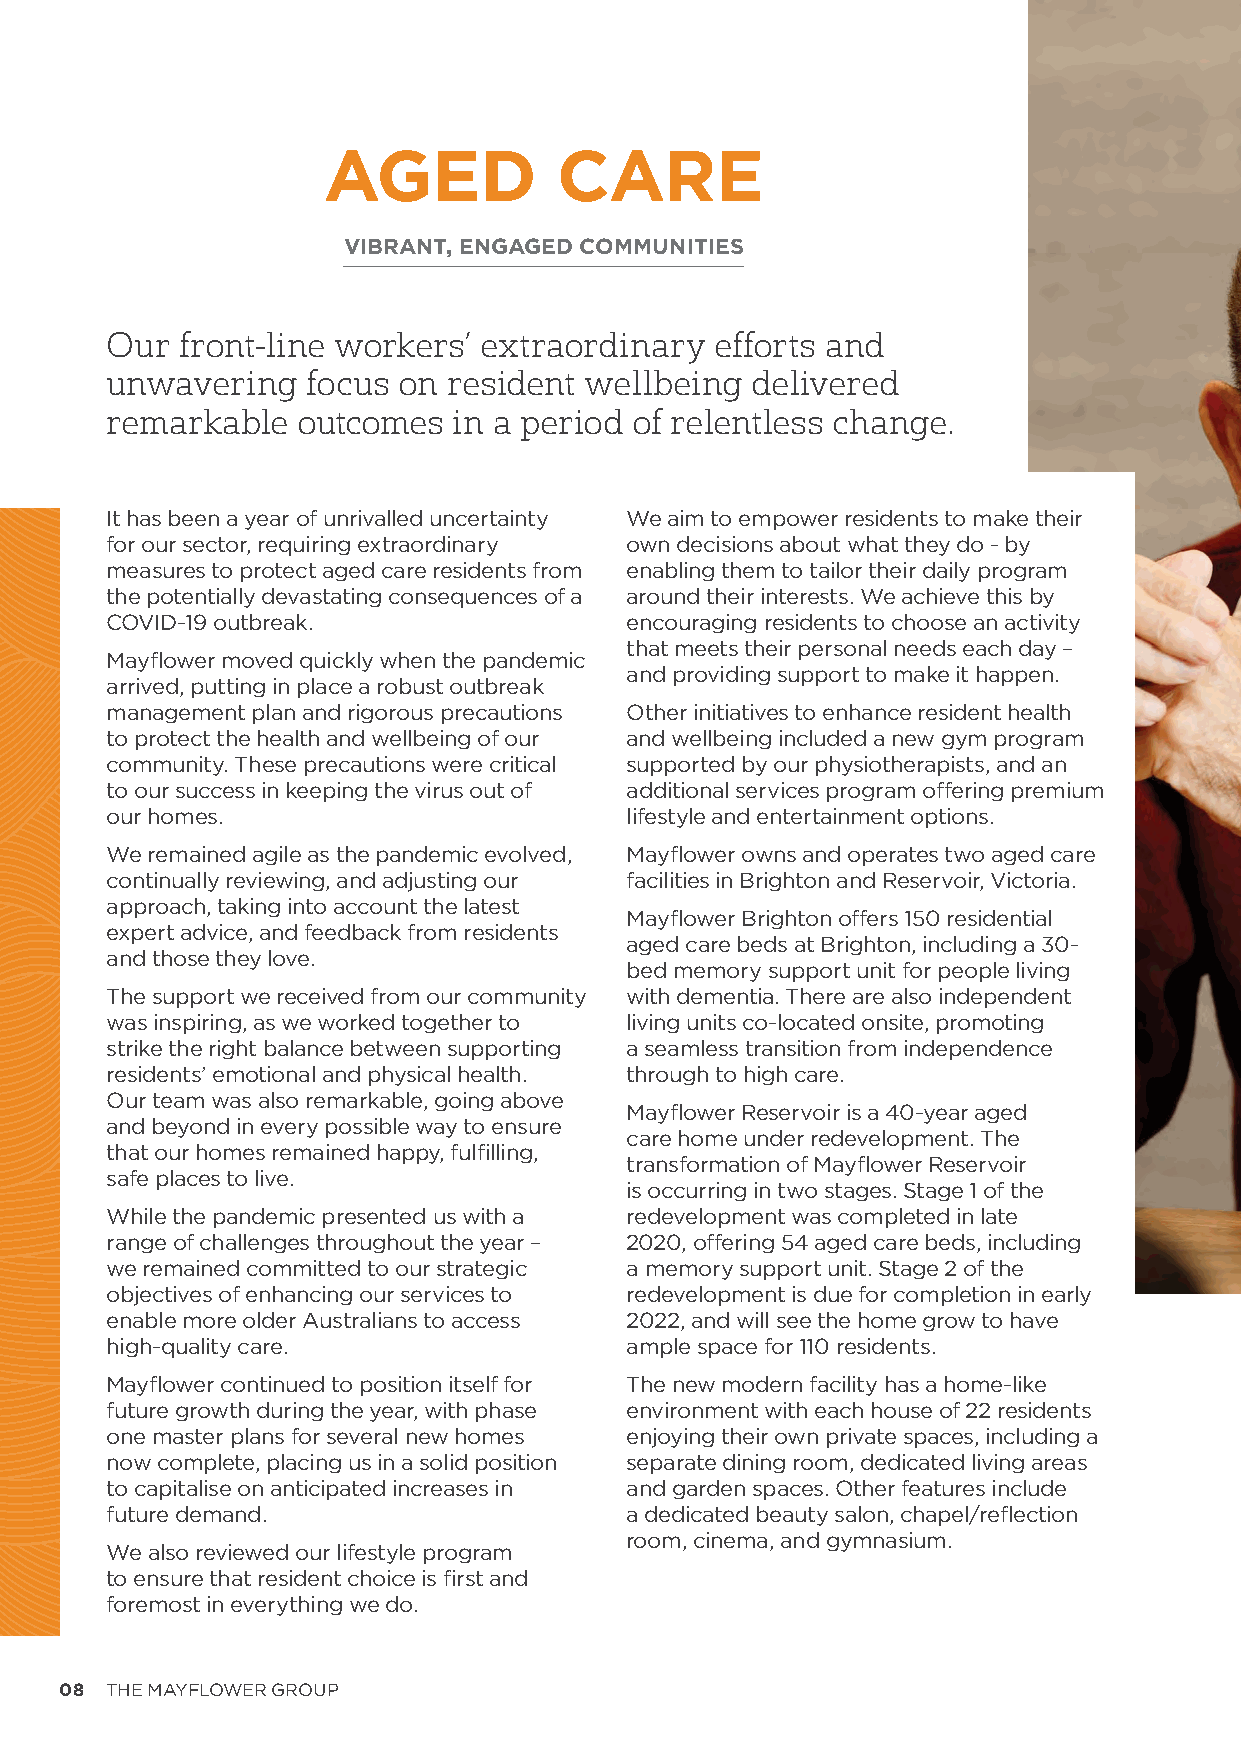
AGED            CARE
 VIBRANT, ENGAGED COMMUNITIES
 Our  front-line workers’ extraordinary  efforts and
 unwavering   focus on  resident wellbeing  delivered
 remarkable   outcomes  in a period of relentless change.
 It has been a year of unrivalled uncertainty We aim to empower residents to make their
 for our sector, requiring extraordinary own decisions about what they do - by
 measures to protect aged care residents from enabling them to tailor their daily program
 the potentially devastating consequences of a around their interests. We achieve this by
 COVID-19 outbreak.                encouraging residents to choose an activity
 that meets their personal needs each day –
 Mayflower moved quickly when the pandemic
 and providing support to make it happen.
 arrived, putting in place a robust outbreak
 management plan and rigorous precautions Other initiatives to enhance resident health
 to protect the health and wellbeing of our and wellbeing included a new gym program
 community. These precautions were critical supported by our physiotherapists, and an
 to our success in keeping the virus out of additional services program offering premium
 our homes.                        lifestyle and entertainment options.
 We remained agile as the pandemic evolved, Mayflower owns and operates two aged care
 continually reviewing, and adjusting our facilities in Brighton and Reservoir, Victoria.
 approach, taking into account the latest
 Mayflower Brighton offers 150 residential
 expert advice, and feedback from residents
 aged care beds at Brighton, including a 30-
 and those they love.
 bed memory support unit for people living
 The support we received from our community with dementia. There are also independent
 was inspiring, as we worked together to living units co-located onsite, promoting
 strike the right balance between supporting a seamless transition from independence
 residents’ emotional and physical health. through to high care.
 Our team was also remarkable, going above
 Mayflower Reservoir is a 40-year aged
 and beyond in every possible way to ensure
 care home under redevelopment. The
 that our homes remained happy, fulfilling,
 transformation of Mayflower Reservoir
 safe places to live.
 is occurring in two stages. Stage 1 of the
 While the pandemic presented us with a redevelopment was completed in late
 range of challenges throughout the year – 2020, offering 54 aged care beds, including
 we remained committed to our strategic a memory support unit. Stage 2 of the
 objectives of enhancing our services to redevelopment is due for completion in early
 enable more older Australians to access 2022, and will see the home grow to have
 high-quality care.                ample space for 110 residents.
 Mayflower continued to position itself for The new modern facility has a home-like
 future growth during the year, with phase environment with each house of 22 residents
 one master plans for several new homes enjoying their own private spaces, including a
 now complete, placing us in a solid position separate dining room, dedicated living areas
 to capitalise on anticipated increases in and garden spaces. Other features include
 future demand.                    a dedicated beauty salon, chapel/reflection
 room, cinema, and gymnasium.
 We also reviewed our lifestyle program
 to ensure that resident choice is first and
 foremost in everything we do.
 08 THE MAYFLOWER GROUP